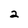
Character: 2